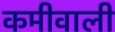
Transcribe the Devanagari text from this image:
कमीवाली